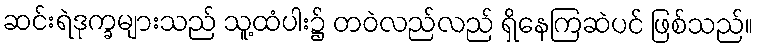
ဆင်းရဲဒုက္ခများသည် သူ့ထံပါး၌ တဝဲလည်လည် ရှိနေကြဆဲပင် ဖြစ်သည်။